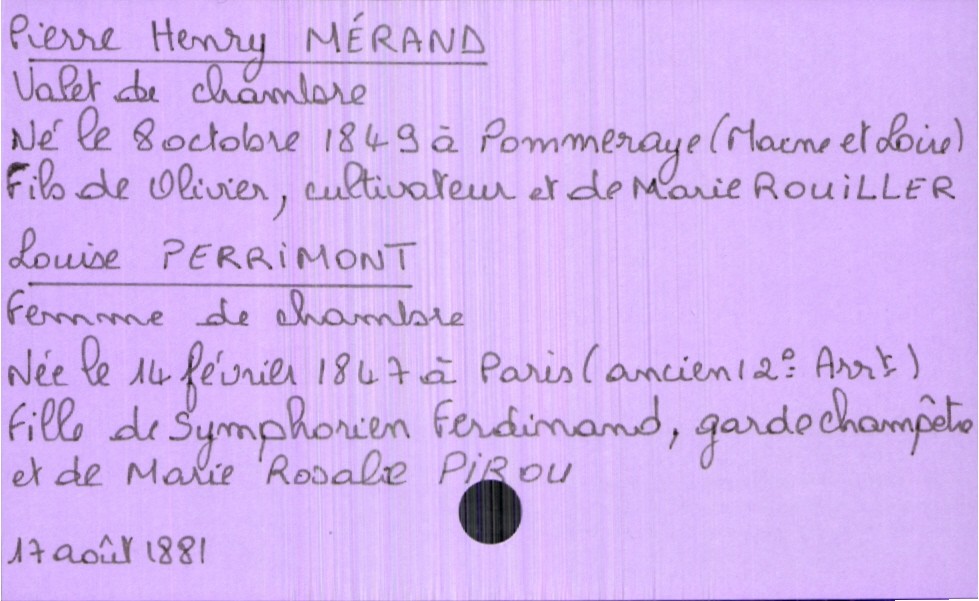
type_acte: Mariage
année: 1881
mois: août
jour: 17
marié_nom: Mérand
marié_prénom: Pierre Henry
marié_profession: valet de chambre
marié_date_de_naissance: 8 octobre 1849
marié_lieu_de_naissance: Pommeraye (Maine et Loire)
père_marié_nom: Mérand
père_marié_prénom: Olivier
père_marié_profession: cultivateur
mère_marié_nom: Rouiller
mère_marié_prénom: Marie
mariée_nom: Perrimont
mariée_prénom: Louise
mariée_profession: femme de chambre
mariée_date_de_naissance: 14 février 1847
mariée_lieu_de_naissance: Paris (ancien 12e arrondissement)
père_mariée_nom: Perrimont
père_mariée_prénom: Symphorien Ferdinand
père_mariée_profession: garde champêtre
mère_mariée_nom: Pirou
mère_mariée_prénom: Marie Rosalie